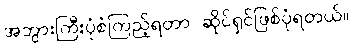
အဘွားကြီးပုံစံကြည့်ရတာ ဆိုင်ရှင်ဖြစ်ပုံရတယ်။